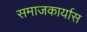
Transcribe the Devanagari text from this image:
समाजकार्यास